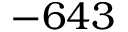
- 6 4 3